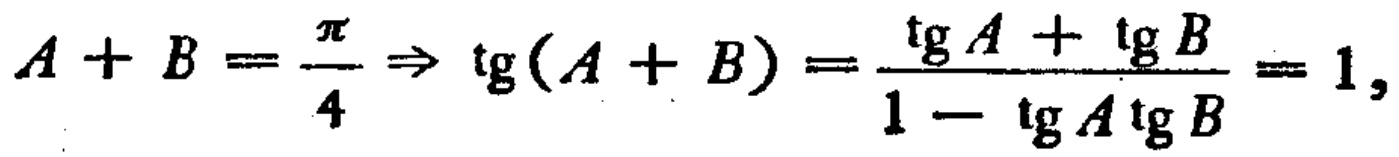
$A + B = \frac{\pi}{4} \Rightarrow \operatorname{tg}(A + B) = \frac{\operatorname{tg} A+\operatorname{tg} B}{1 - \operatorname{tg} A\operatorname{tg} B}=1,$